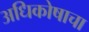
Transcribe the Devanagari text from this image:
अधिकोषाचा